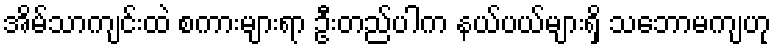
အိမ်သာကျင်းထဲ စကားများရာ ဦးတည်ပါက နယ်ပယ်များရှိ သဘောမကျဟု